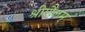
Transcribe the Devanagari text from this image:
श्रीशैलम्